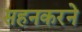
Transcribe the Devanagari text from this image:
सहनकरने